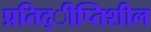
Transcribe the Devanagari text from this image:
प्रतिद्ीप्तिशील